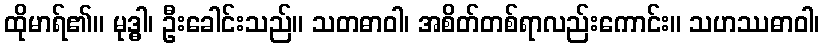
ထိုမာရ်၏။ မုဒ္ဓါ၊ ဦးခေါင်းသည်။ သတဓာဝါ၊ အစိတ်တစ်ရာလည်းကောင်း။ သဟဿဓာဝါ၊